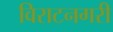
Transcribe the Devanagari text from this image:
विराटनगरी